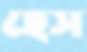
হেস